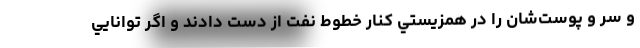
و سر و پوست‌شان را در همزيستي كنار خطوط نفت از دست دادند و اگر توانايي